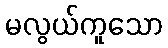
မလွယ်ကူသော